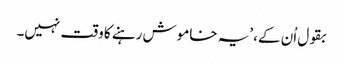
بقول اُن کے، ’یہ خاموش رہنے کا وقت نہیں۔